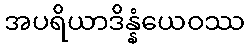
အပရိယာဒိန္နံယေဝဿ